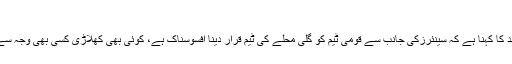
سینئرز کی سخت تنقید پر سرفراز احمد نالاں - SportsLink PK
کراچی(سپورٹس لنک رپورٹ)پاکستان کرکٹ ٹیم کے کپتان سرفراز احمد کا کہنا ہے کہ سینئرزکی جانب سے قومی ٹیم کو گلی محلے کی ٹیم قرار دینا افسوسناک ہے، کوئی بھی کھلاڑی کسی بھی وجہ سے ڈراپ ہوسکتا ہے، لیکن اس کا مطلب یہ نہیں کہ یہ محلے کی ٹیم ہے۔